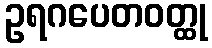
ဥရဂပေတဝတ္ထု